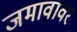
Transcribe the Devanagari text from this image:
जमावावर